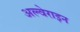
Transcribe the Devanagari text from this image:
अल्वेराइन